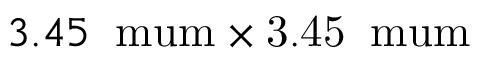
3 . 4 5 \: \mathrm { \ m u m \times 3 . 4 5 \: \mathrm { \ m u m } }